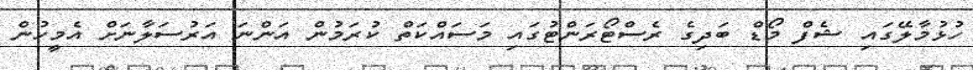
ހުޅުމާލޭގައި ޝެފް މޯޑް ބަދިގެ ރެސްޓޯރަންޓުގައި މަސައްކަތް ކުރަމުން އަންނަ އަރުސަލާނަށް އެމީހުން